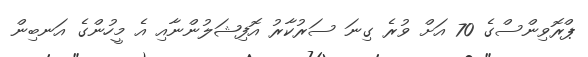
ޕްރޮވިންސްގެ 70 އަށް ވުރެ ގިނަ ސަރުކާރު އޮފިޝަލުންނާއި އެ މީހުންގެ އަނބިން